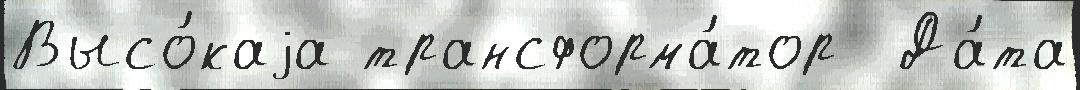
Высо́каjа трансформа́тор  Да́та